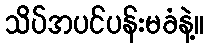
သိပ်အပင်ပန်းမခံနဲ့။